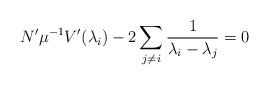
LaTeX: \begin{align*}N' \mu^{-1} V'(\lambda_i) -2\sum_{j\neq i} \frac 1{\lambda_i-\lambda_j} = 0\end{align*}